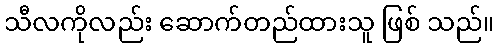
သီလကိုလည်း ဆောက်တည်ထားသူ ဖြစ် သည်။